Cholera in southern India
Disease focus: Cholera
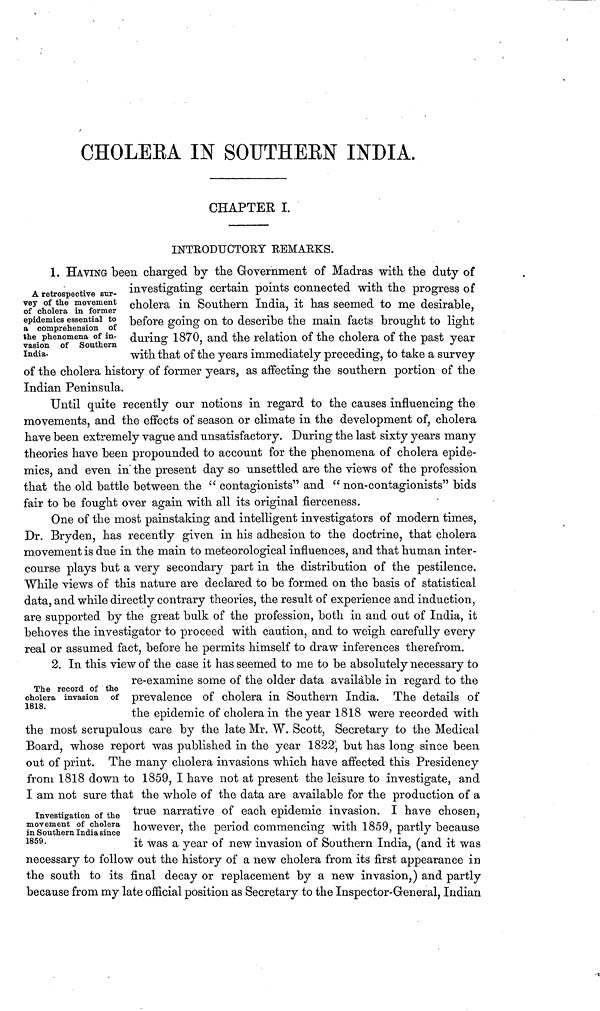
CHOLEEA IN SOUTHEBN INDIA.
CHAPTER I.
INTEODUCTOEY REMAEKS.
A retrospective sur-
vey of the movement
of cholera in former
epidemics essential to
a comprehension of
the phenomena of in-
vasion of Southern
India.
1. HAVING been charged by the Government of Madras with the duty of
investigating certain points connected with the progress of
cholera in Southern India, it has seemed to me desirable,
before going on to describe the main facts brought to light
during 1870, and the relation of the cholera of the past year
with that of the years immediately preceding, to take a survey
of the cholera history of former years, as affecting the southern portion of the
Indian Peninsula.
Until quite recently our notions in regard to the causes influencing the
movements, and the effects of season or climate in the development of, cholera
have been extremely vague and unsatisfactory. During the last sixty years many
theories have been propounded to account for the phenomena of cholera epide-
mics, and even in the present day so unsettled are the views of the profession
that the old battle between the " contagionists" and " non-contagionists" bids
fair to be fought over again with all its original fierceness.
One of the most painstaking and intelligent investigators of modern times,
Dr. Bryden, has recently given in his adhesion to the doctrine, that cholera
movement is due in the main to meteorological influences, and that human inter-
course plays but a very secondary part in the distribution of the pestilence.
While views of this nature are declared to be formed on the basis of statistical
data, and while directly contrary theories, the result of experience and induction,
are supported by the great bulk of the profession, both in and out of India, it
behoves the investigator to proceed with caution, and to weigh carefully every
real or assumed fact, before he permits himself to draw inferences therefrom.
The record of the
cholera invasion of
1818.
2. In this view of the case it has seemed to me to be absolutely necessary to
re-examine some of the older data available in regard to the
prevalence of cholera in Southern India. The details of
the epidemic of cholera in the year 1818 were recorded with
the most scrupulous care by the late Mr. W. Scott, Secretary to the Medical
Board, whose report was published in the year 1822, but has long since been
out of print. The many cholera invasions which have affected this Presidency
from 1818 down to 1859, I have not at present the leisure to investigate, and
I am not sure that the whole of the data are available for the production of a
Investigation of the
movement of cholera
in Southern India since
1859.
true narrative of each epidemic invasion. I have chosen,
however, the period commencing with 1859, partly because
it was a year of new invasion of Southern India, (and it was
necessary to follow out the history of a new cholera from its first appearance in
the south to its final decay or replacement by a new invasion,) and partly
because from my late official position as Secretary to the Inspector-General, Indian